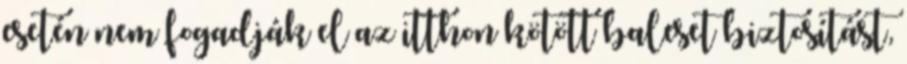
esetén nem fogadják el az itthon kötött baleset biztosítást,